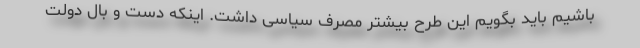
باشیم باید بگویم این طرح بیشتر مصرف سیاسی داشت. اینکه دست و بال دولت